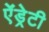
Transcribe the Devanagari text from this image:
ऐंड्रेटी